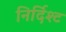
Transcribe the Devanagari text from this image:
निर्दिश्ट